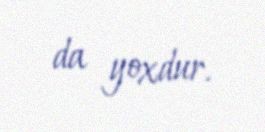
da yoxdur.